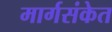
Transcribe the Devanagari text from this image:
मार्गसंकेत